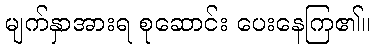
မျက်နှာအားရ စုဆောင်း ပေးနေကြ၏။